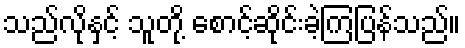
သည်လိုနှင့် သူတို့ စောင့်ဆိုင်းခဲ့ကြပြန်သည်။